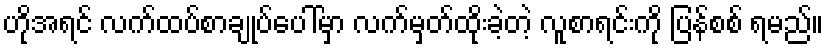
ဟိုအရင် လက်ထပ်စာချုပ်ပေါ်မှာ လက်မှတ်ထိုးခဲ့တဲ့ လူစာရင်းကို ပြန်စစ် ရမည်။